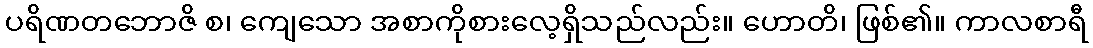
ပရိဏတဘောဇိ စ၊ ကျေသော အစာကိုစားလေ့ရှိသည်လည်း။ ဟောတိ၊ ဖြစ်၏။ ကာလစာရီ